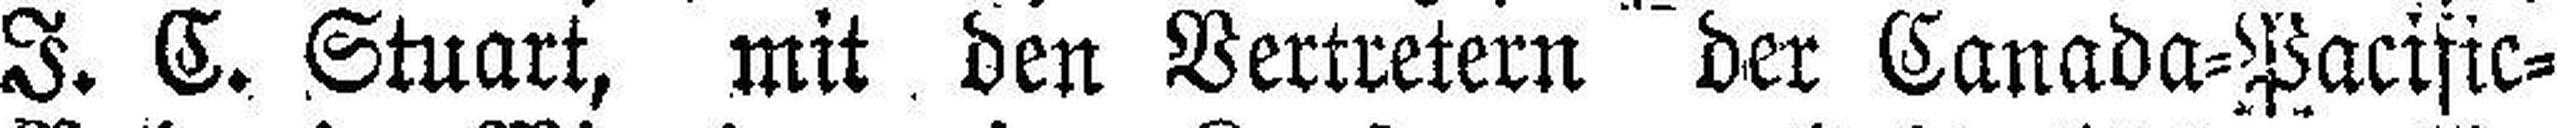
I. C. Stuart, mit den Vertretern der Canada=Pacific=